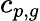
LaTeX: c_{p,g}